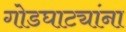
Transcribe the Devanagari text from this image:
गोडघाट्यांना